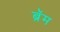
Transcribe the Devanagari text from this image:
ब्रॅम